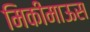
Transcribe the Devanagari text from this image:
मिकीमाऊस